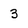
Character: 3